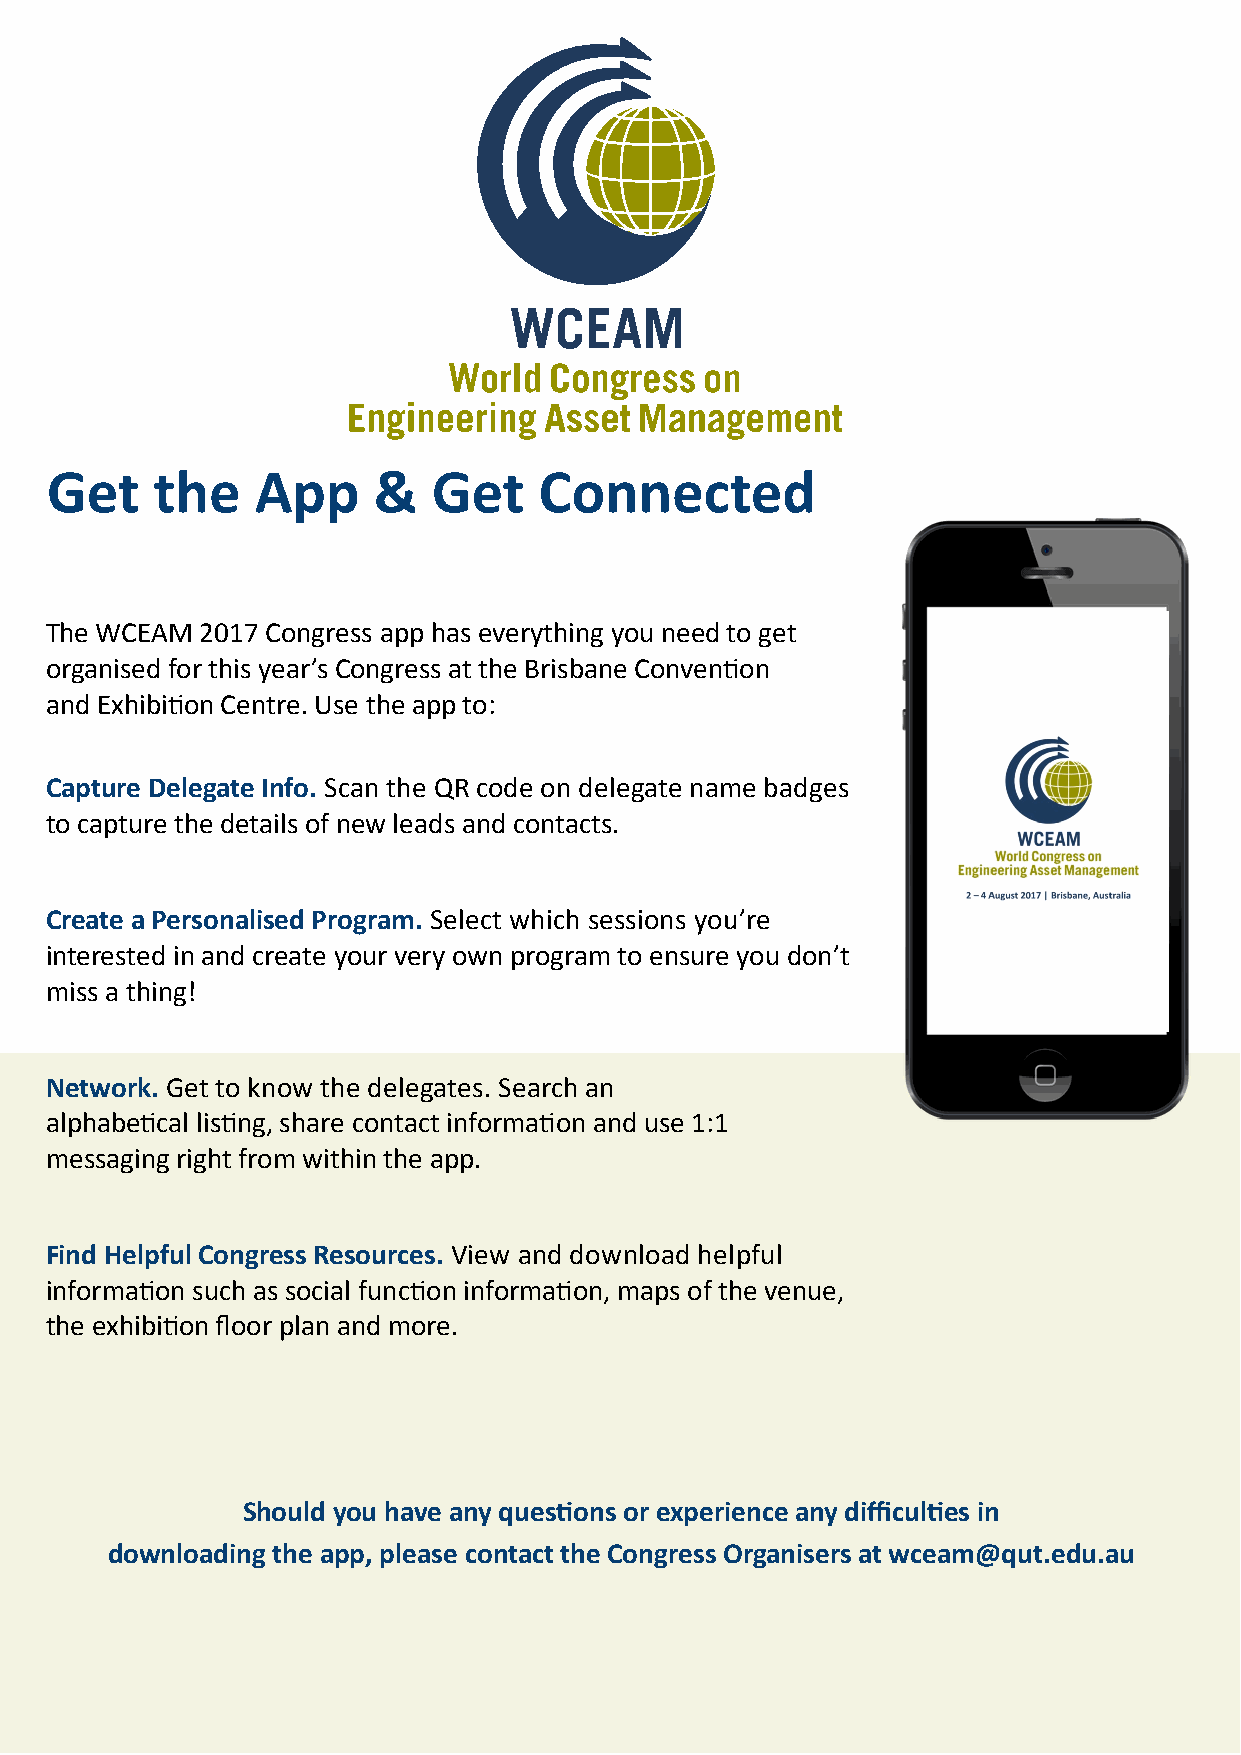
Get    the    App     &   Get    Connected
 The WCEAM 2017 Congress app has everything you need to get
 organised for this year’s Congress at the Brisbane Convention
 and Exhibition Centre. Use the app to:
 Capture Delegate Info. Scan the QR code on delegate name badges
 to capture the details of new leads and contacts.
 Create a Personalised Program. Select which sessions you’re
 interested in and create your very own program to ensure you don’t
 miss a thing!
 Network. Get to know the delegates. Search an
 alphabetical listing, share contact information and use 1:1
 messaging right from within the app.
 Find Helpful Congress Resources. View and download helpful
 information such as social function information, maps of the venue,
 the exhibition floor plan and more.
 Should you have any questions or experience any difficulties in
 downloading the app, please contact the Congress Organisers at wceam@qut.edu.au